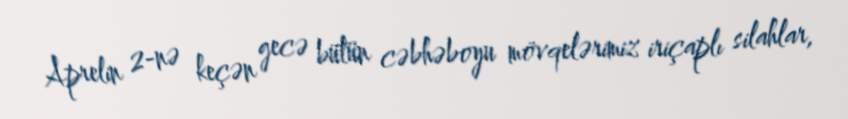
Aprelin 2-nə keçən gecə bütün cəbhəboyu mövqelərimiz iriçaplı silahlar,